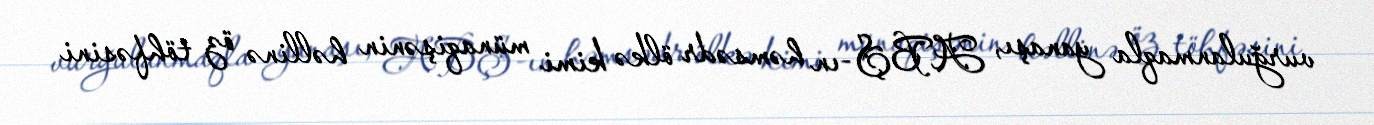
vurğulanmaqla yanaşı, ABŞ-ın həmsədr ölkə kimi münaqişənin həllinə öz töhfəsini